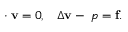
\mathbf { \nabla \cdot v } = 0 \mathbf { , \quad } \Delta \mathbf { v } - \mathbf { \nabla } p = \mathbf { f } .